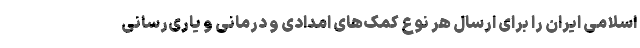
اسلامی ایران را برای ارسال هر نوع کمک‌های امدادی و درمانی و یاری‌رسانی